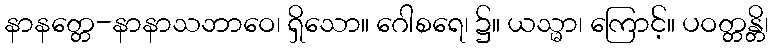
နာနတ္တေ-နာနာသဘာဝေ၊ ရှိသော။ ဂေါစရေ၊ ၌။ ယသ္မာ၊ ကြောင့်။ ပဝတ္တန္တိ၊